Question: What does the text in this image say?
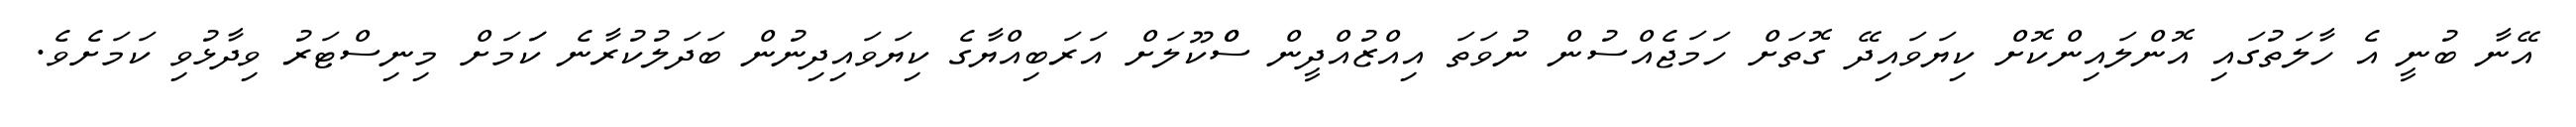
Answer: އޭނާ ބުނީ އެ ހާލަތުގައި އޮންލައިންކޮށް ކިޔަވައިދޭ ގޮތަށް ހަމަޖެއްސުން ނުވަތަ އިއްޒުއްދީން ސްްކޫލަށް އަރަބިއްޔާގެ ކިޔަވައިދިނުން ބަދަލުކުރާނެ ކަަމަށް މިނިސްޓަރު ވިދާޅުވި ކަމަށެވެ.